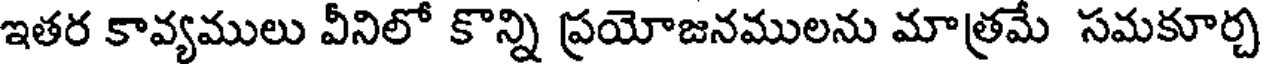
ఇతర కావ్యములు వీనిలో కొన్ని ప్రయోజనములను మాత్రమే సమకూర్చ